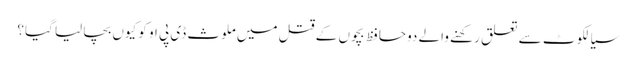
سیالکوٹ سے تعلق رکھنے والے دوحافظ بچوں کے قتل میں ملوث ڈی پی او کو کیوں بچا لیا گیا؟